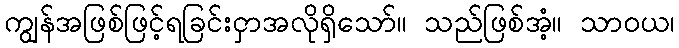
ကျွန်အဖြစ်ဖြင့်ရခြင်းငှာအလိုရှိသော်။ သည်ဖြစ်အံ့။ သာဝယ၊